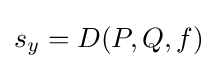
s_{y}=D(P,Q,f)